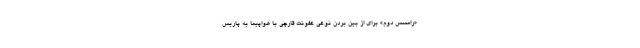
«رامسس دوم» برای از بین بردن نوعی عفونت قارچی با هواپیما به پاریس